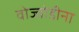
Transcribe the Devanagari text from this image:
वोज्वोडीना